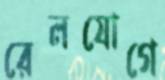
রেলযোগে